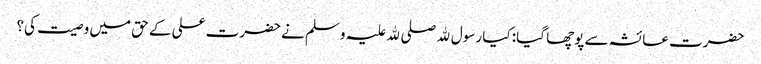
حضرت عائشہ سے پوچھا گیا: کیا رسول ﷲ صلی ﷲ علیہ وسلم نے حضرت علی کے حق میں وصیت کی؟